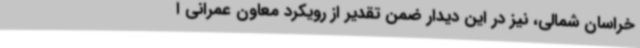
خراسان شمالی، نیز در این دیدار ضمن تقدیر از رویکرد معاون عمرانی ا